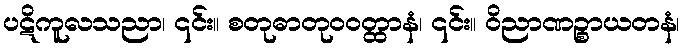
ပဋိကူလသညာ၊ ၎င်း။ စတုဓာတုဝဝတ္ထာနံ၊ ၎င်း။ ဝိညာဏဉ္စာယတနံ၊